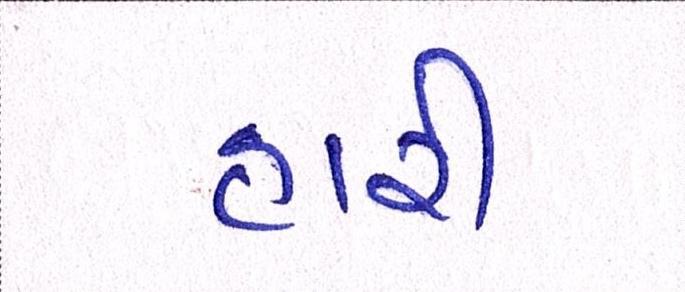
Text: હારી